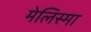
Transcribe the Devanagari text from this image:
मेलिस्मा